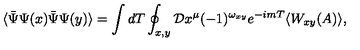
\langle \bar { \Psi } \Psi ( x ) \bar { \Psi } \Psi ( y ) \rangle = \int d T \oint _ { x , y } { \cal D } x ^ { \mu } ( - 1 ) ^ { \omega _ { x y } } e ^ { - i m T } \langle W _ { x y } ( A ) \rangle ,